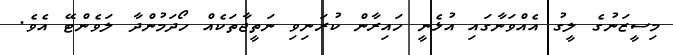
މިސީޒަނުގެ ލީގު އެއްވަނާގައި އުޅެނީ ހައިރާން ކުރަނިވި ނަތީޖާތަކެއް ހޯދަމުންދާ ލަވެންޓޭ އެވެ.